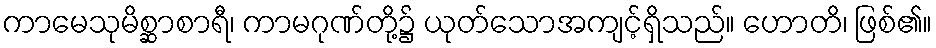
ကာမေသုမိစ္ဆာစာရီ၊ ကာမဂုဏ်တို့၌ ယုတ်သောအကျင့်ရှိသည်။ ဟောတိ၊ ဖြစ်၏။